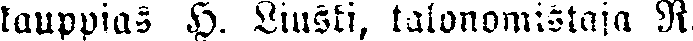
kauppias H. Liusti, talonomistaja R.